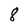
Character: 8